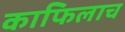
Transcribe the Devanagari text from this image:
काफिलाच